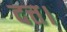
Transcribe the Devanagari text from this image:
दत्त।